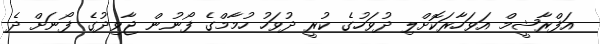
އަފްރާޝީމް އަވަހާރަކޮށްލި ދުވަހުގެ ކުރީ ދުވަހު ހުމާމްގެ ފޯނުން ޖާވިދުގެ ފޯނަށް ދެ